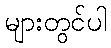
များတွင်ပါ